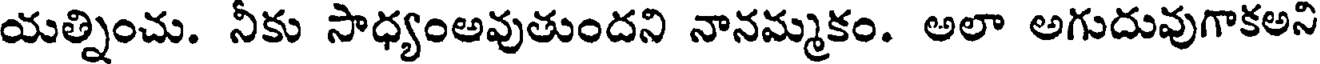
యత్నించు. నీకు సాధ్యంఅవుతుందని నానమ్మకం. అలా అగుదువుగాకఅని